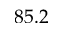
8 5 . 2